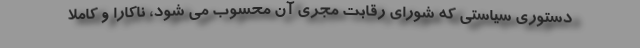
دستوری سیاستی که شورای رقابت مجری آن محسوب می شود، ناکارا و کاملاً